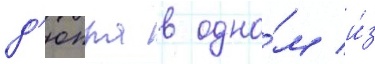
д'юпра в одно́м и́з